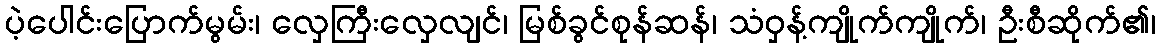
ပဲ့ပေါင်းပြောက်မွမ်း၊ လှေကြီးလှေလျင်၊ မြစ်ခွင်စုန်ဆန်၊ သံဝှန့်ကျိုက်ကျိုက်၊ ဦးစီဆိုက်၏၊